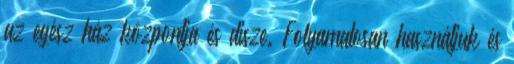
az egész ház központja és disze. Folyamatosan használjuk és